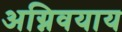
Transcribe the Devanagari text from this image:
अग्निवयाय